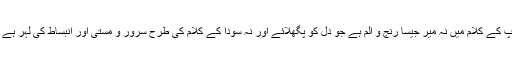
آپ کے کلام میں نہ میر جیسا رنج و الم ہے جو دل کو پگھلائے اور نہ سودا کے کلام کی طرح سرور و مستی اور انبساط کی لہر ہے ۔